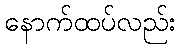
နောက်ထပ်လည်း